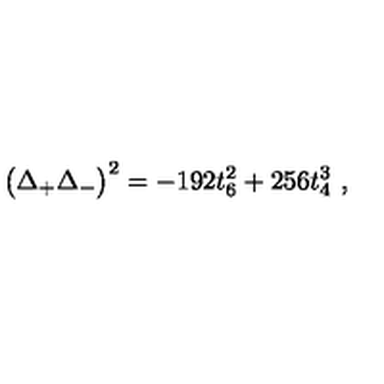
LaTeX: \big ( \Delta _ { + } \Delta _ { - } \big ) ^ { 2 } = - 1 9 2 t _ { 6 } ^ { 2 } + 2 5 6 t _ { 4 } ^ { 3 } \ ,